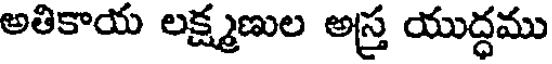
అతికాయ లక్ష్మణుల అస్త్ర యుద్ధము